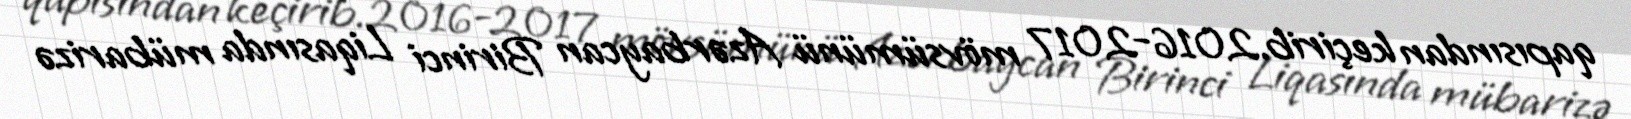
qapısından keçirib.2016-2017 mövsümünü Azərbaycan Birinci Liqasında mübarizə